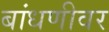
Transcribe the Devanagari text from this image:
बांधणीवर